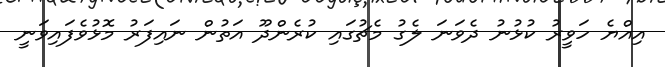
އިއްޔެ ހަވީރު ކުޅުނު ދެވަނަ ލެގު މެޗުގައި ކުރެންދޫ އަތުން ނައިފަރު މޮޅުވެފައިވަނީ